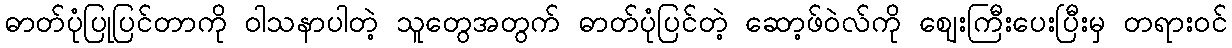
ဓာတ်ပုံပြုပြင်တာကို ဝါသနာပါတဲ့ သူတွေအတွက် ဓာတ်ပုံပြင်တဲ့ ဆော့ဖ်ဝဲလ်ကို ဈေးကြီးပေးပြီးမှ တရားဝင်